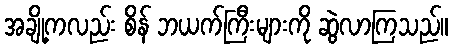
အချို့ကလည်း စိန် ဘယက်ကြီးများကို ဆွဲလာကြသည်။